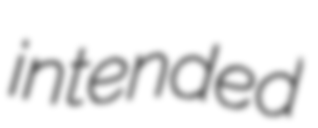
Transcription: intended